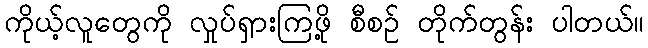
ကိုယ့်လူတွေကို လှုပ်ရှားကြဖို့ စီစဉ် တိုက်တွန်း ပါတယ်။